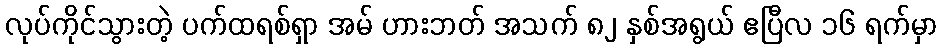
လုပ်ကိုင်သွားတဲ့ ပက်ထရစ်ရှာ အမ် ဟားဘတ် အသက် ၈၂ နှစ်အရွယ် ဧပြီလ ၁၆ ရက်မှာ